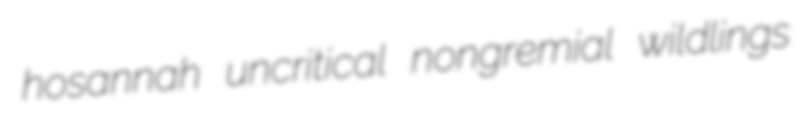
hosannah uncritical nongremial wildlings